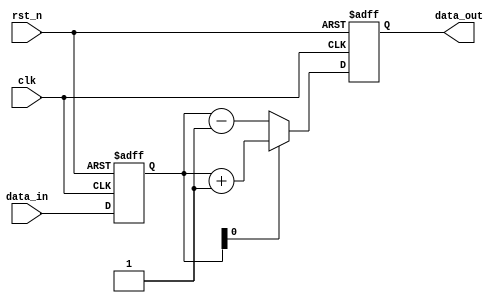
module synchronous_design (
    input wire clk,          // Clock input
    input wire rst_n,       // Active-low reset
    input wire [3:0] data_in, // 4-bit input signal
    output reg [3:0] data_out // 4-bit output signal
);

// State definition
reg [3:0] state; // Current state

// Sequential logic block
always @(posedge clk or negedge rst_n) begin
    if (!rst_n) begin
        // Reset condition
        state <= 4'b0000; // Initialize state to 0
        data_out <= 4'b0000; // Initialize output to 0
    end else begin
        // State transition logic
        state <= data_in; // Update state with input data

        // Conditional logic for output
        if (state[0]) begin
            data_out <= state + 4'b0001; // Increment state if LSB is 1
        end else begin
            data_out <= state - 4'b0001; // Decrement state if LSB is 0
        end
    end
end

endmodule